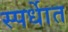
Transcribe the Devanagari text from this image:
स्पर्धाेत